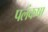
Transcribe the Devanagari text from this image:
पलंकषा